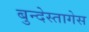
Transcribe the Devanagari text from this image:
बुन्देस्तागेस